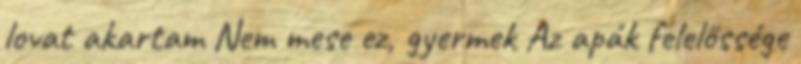
lovat akartam Nem mese ez, gyermek Az apák felelőssége